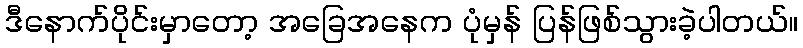
ဒီနောက်ပိုင်းမှာတော့ အခြေအနေက ပုံမှန် ပြန်ဖြစ်သွားခဲ့ပါတယ်။